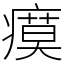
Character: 瘼